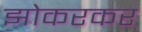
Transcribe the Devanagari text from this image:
झोकरकर